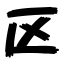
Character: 区